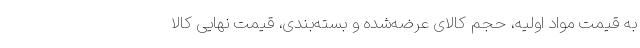
به قیمت مواد اولیه، حجم کالای عرضه‌شده و بسته‌بندی، قیمت نهایی کالا